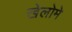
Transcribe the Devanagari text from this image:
खेलोमे